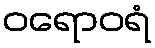
ဝရောဝရံ